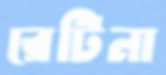
রেটিনা